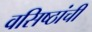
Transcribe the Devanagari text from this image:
वसिष्ठांची